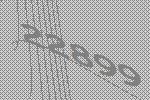
22899